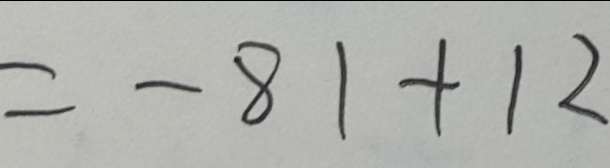
= - 8 1 + 1 2